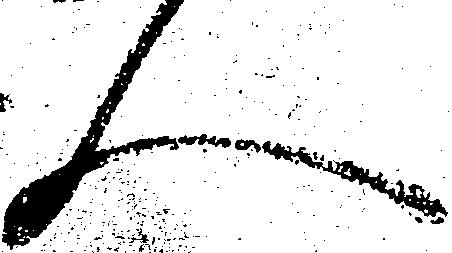
人